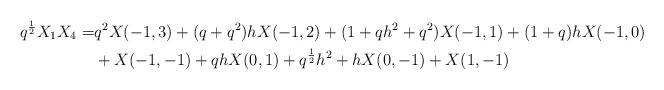
LaTeX: \begin{align*}q^{\frac{1}{2}}X_1X_4=&q^2X(-1,3)+(q+q^2)hX(-1,2)+(1+qh^2+q^2)X(-1,1)+(1+q)hX(-1,0) \\&+X(-1,-1) +qhX(0,1)+q^{\frac{1}{2}}h^2+hX(0,-1)+X(1,-1)\end{align*}